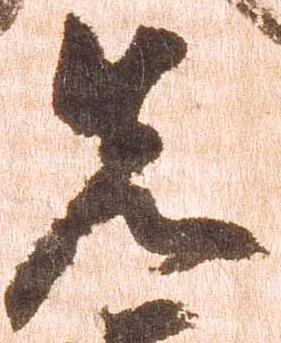
先